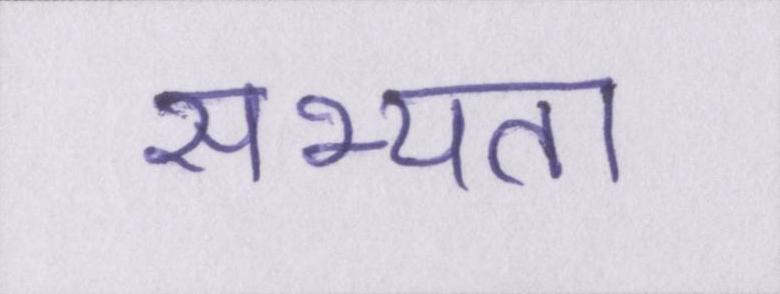
सभ्यता